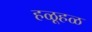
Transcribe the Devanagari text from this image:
हळूहळ